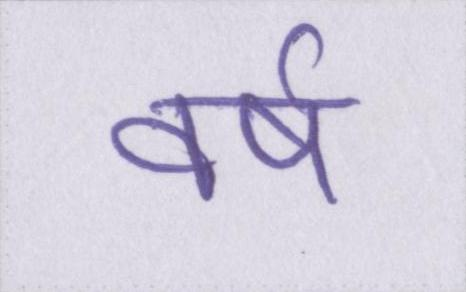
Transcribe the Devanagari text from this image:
वर्ष